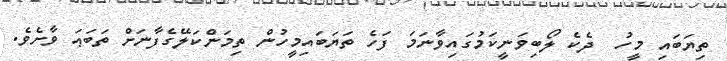
ތިޔަބައި މީހު  ދެކެ ލޯބިވަނީކަމުގައިވާނަމަ ފަހެ ތަޔަބައިމީހުން ތިމަންކަލޭގެފާނަށް ތަބަޢަ ވާށެވެ.